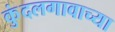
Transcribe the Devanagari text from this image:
कुंदलगावाच्या